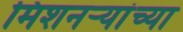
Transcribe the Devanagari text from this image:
मिशनर्‍यांच्या